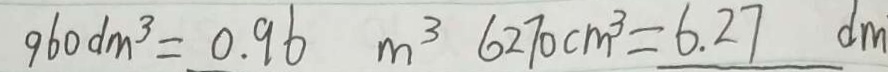
9 6 0 d m ^ { 3 } = 0 . 9 6 m ^ { 3 } 6 2 7 0 c m ^ { 3 } = 6 . 2 7 d m